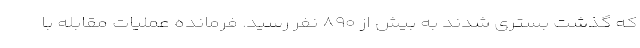
که گذشت بستری شدند به بیش از ۸۹۰ نفر رسید. فرمانده عملیات مقابله با